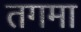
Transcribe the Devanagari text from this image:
तगमा